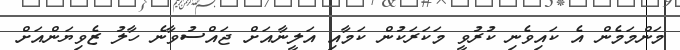
މަންމަމެން އެ ކައިވެނި ކުރުވީ މަކަރަކުން ކަމާއި އަލީނާއަށް ޖައްސުވާނެ ހާލު ޒެވިޔަންއަށް